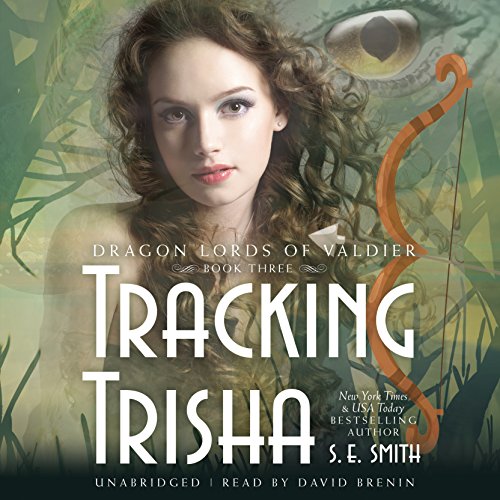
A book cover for Tracking Trisha (Dragon Lords of Valdier series, Book 3); S. E. Smith; Romance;